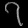
Digit: ၇